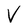
Character: V